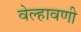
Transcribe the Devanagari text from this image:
वेल्हावणी